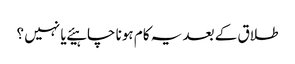
طلاق کے بعد یہ کام ہونا چاہیئے یا نہیں ؟